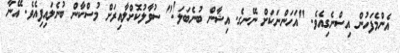
އެންމެފަހުން އިސްނެގިއެވެ. "އަހަންނަކަށް ނޭނގެ. އިޝާން ބުނެބަލަ!" ސުވާލުކޮށްލާއިރަށް މުސްކާން ބުނެލައިފިއެވެ. އޭނާ